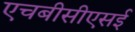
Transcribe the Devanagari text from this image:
एचबीसीएसई